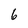
Character: 6